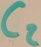
Text: C2